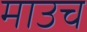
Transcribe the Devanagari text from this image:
माउच